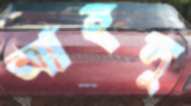
আহলু